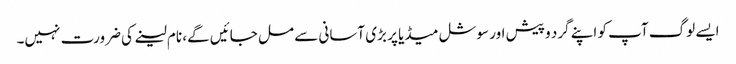
ایسے لوگ آپ کو اپنے گرد و پیش اور سوشل میڈیا پر بڑی آسانی سے مل جائیں گے، نام لینے کی ضرورت نہیں۔